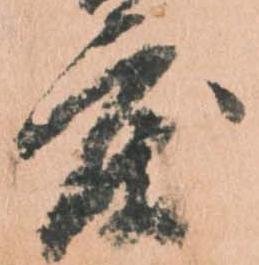
度